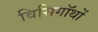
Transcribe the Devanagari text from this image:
विसिगॉथों